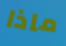
ماذا